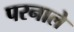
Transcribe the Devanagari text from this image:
परनाले